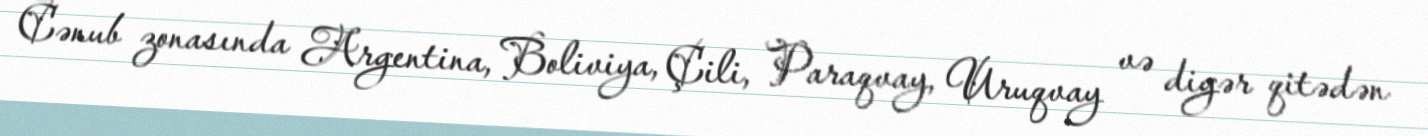
Cənub zonasında Argentina, Boliviya, Çili, Paraqvay, Uruqvay və digər qitədən